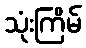
သုံးကြိမ်